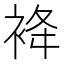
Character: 袶